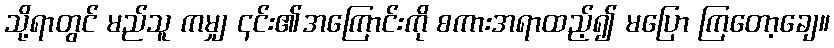
သို့ရာတွင် မည်သူ ကမျှ ၎င်း၏အကြောင်းကို စကားအရာထည့်၍ မပြော ကြတော့ချေ။